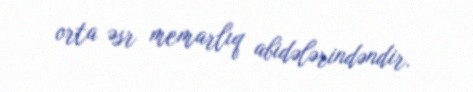
orta əsr memarlıq abidələrindəndir.